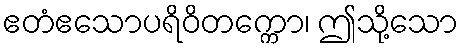
ဧတံဧသောပရိဝိတက္ကော၊ ဤသို့သော